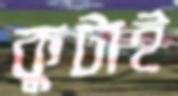
কুটাই